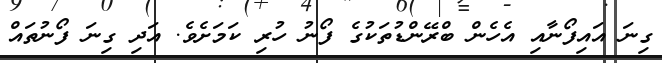
ގިނަ އައިފޯނާއި އެހެން ބްރޭންޑުތަކުގެ ފޯނު ހުރި ކަމަށެވެ. އަދި ގިނަ ފޯނުތައް